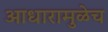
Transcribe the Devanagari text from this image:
आधारामुळेच